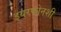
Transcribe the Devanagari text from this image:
इयरफोनशी